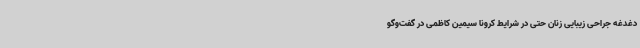
دغدغه جراحی زیبایی زنان حتی در شرایط کرونا سیمین کاظمی در گفت‌وگو